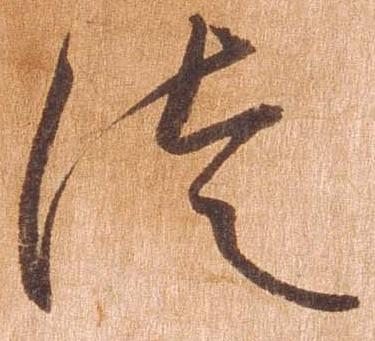
徒